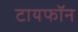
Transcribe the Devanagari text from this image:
टायफॉन